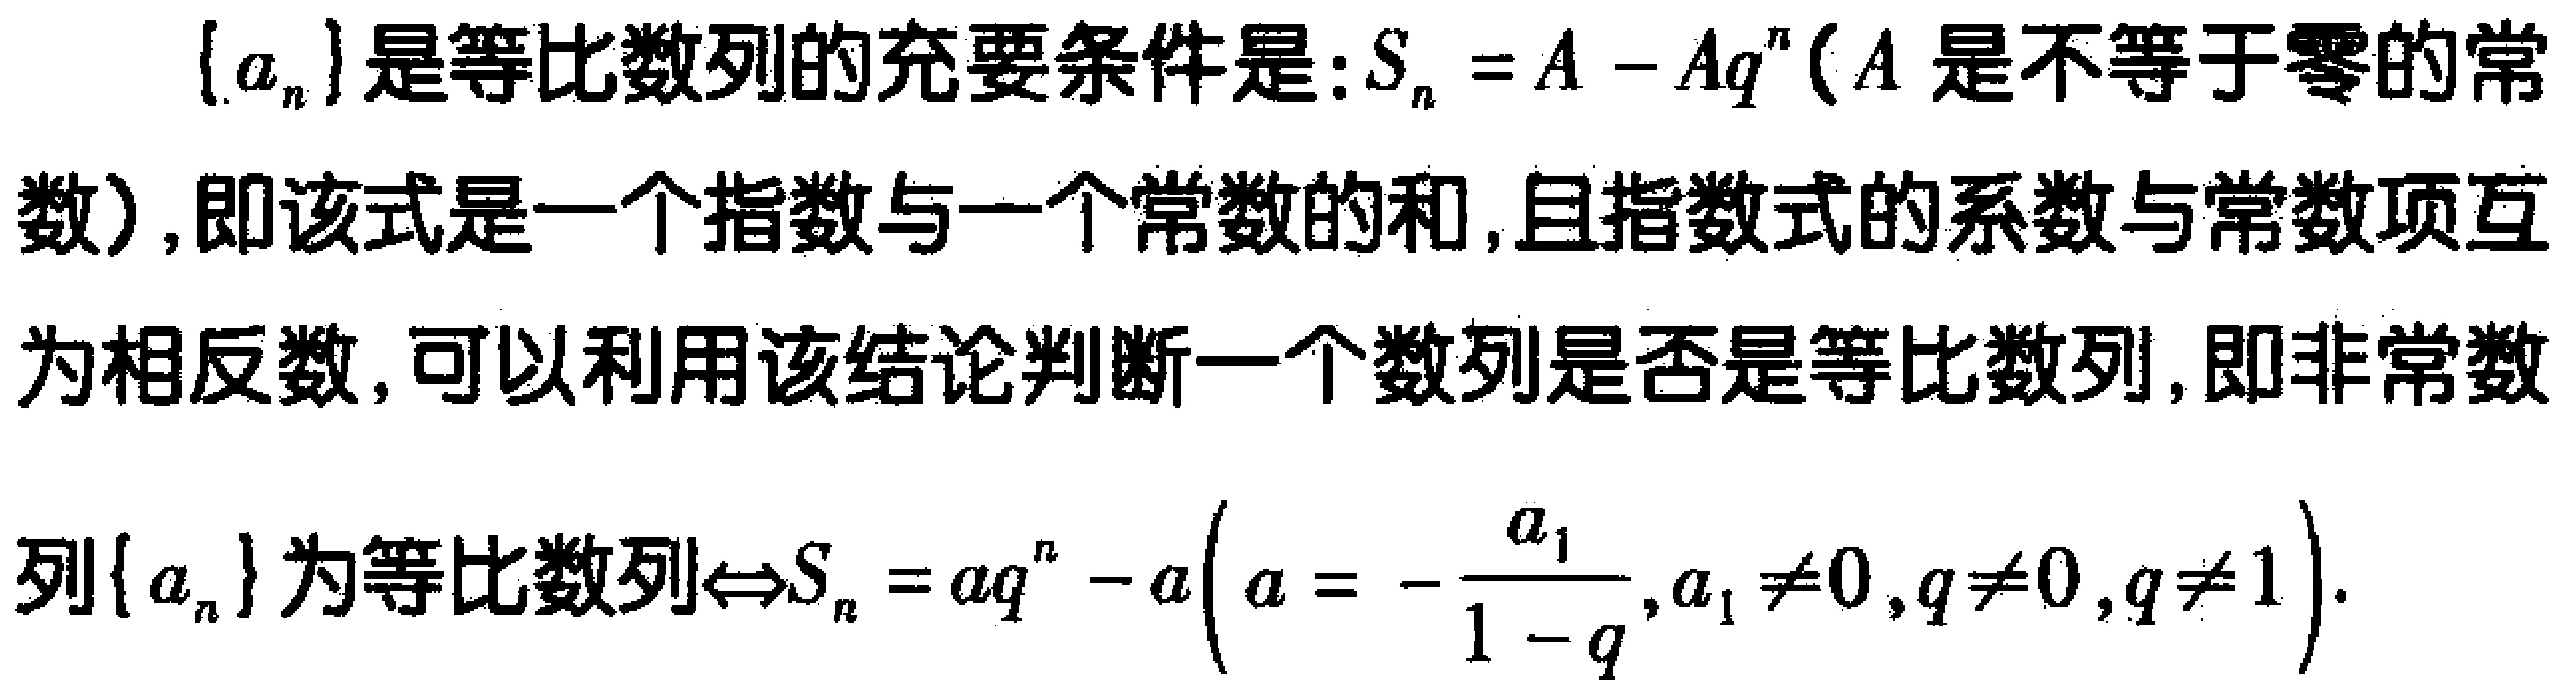
\(\{a_{n}\}\)是等比数列的充要条件是：\(S_{n}=A - Aq^{n}\)（\(A\)是不等于零的常数），即该式是一个指数与一个常数的和，且指数式的系数与常数项互为相反数，可以利用该结论判断一个数列是否是等比数列，即非常数列\(\{a_{n}\}\)为等比数列\(\Leftrightarrow S_{n}=aq^{n}-a\left(a = -\frac{a_{1}}{1 - q},a_{1}\neq0,q\neq0,q\neq1\right)\).